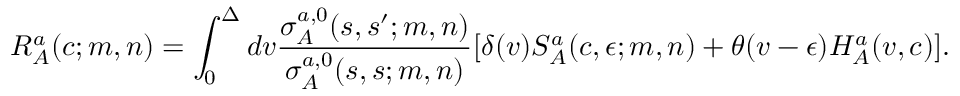
R _ { A } ^ { a } ( c ; m , n ) = \int _ { 0 } ^ { \Delta } d v \frac { \sigma _ { A } ^ { a , 0 } ( s , s ^ { \prime } ; m , n ) } { \sigma _ { A } ^ { a , 0 } ( s , s ; m , n ) } [ \delta ( v ) S _ { A } ^ { a } ( c , \epsilon ; m , n ) + \theta ( v - \epsilon ) H _ { A } ^ { a } ( v , c ) ] .